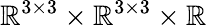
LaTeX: \mathbb{R}^{3\times 3}\times\mathbb{R}^{3\times 3}\times\mathbb{R}